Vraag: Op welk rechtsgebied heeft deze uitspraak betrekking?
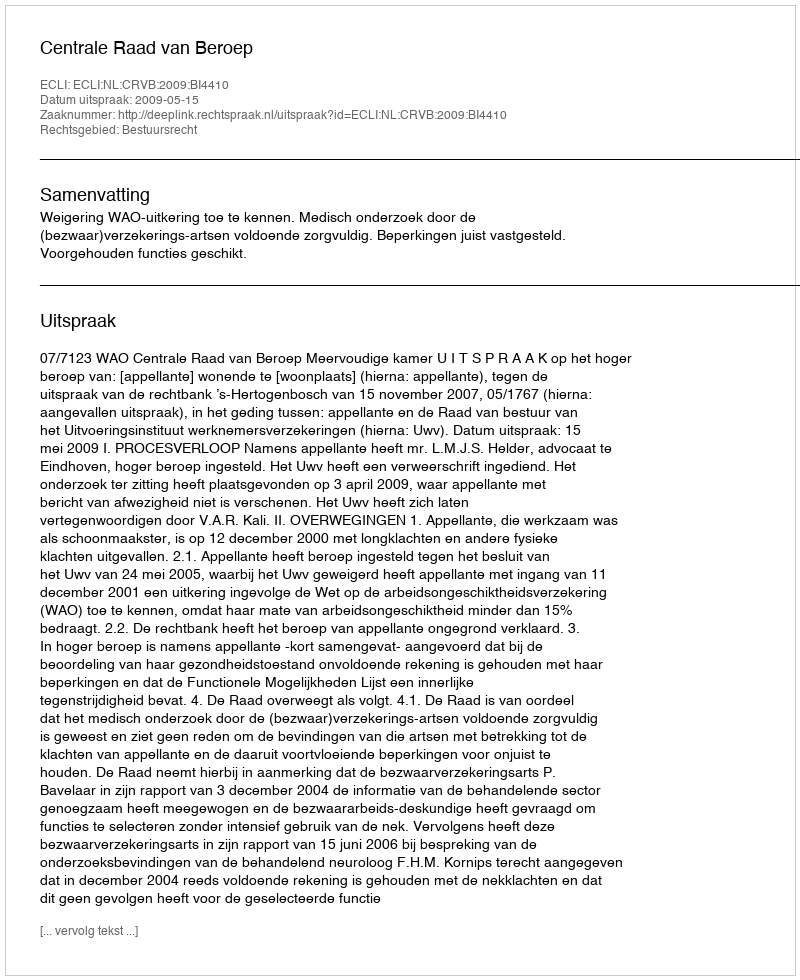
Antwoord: Bestuursrecht